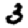
Digit: 3